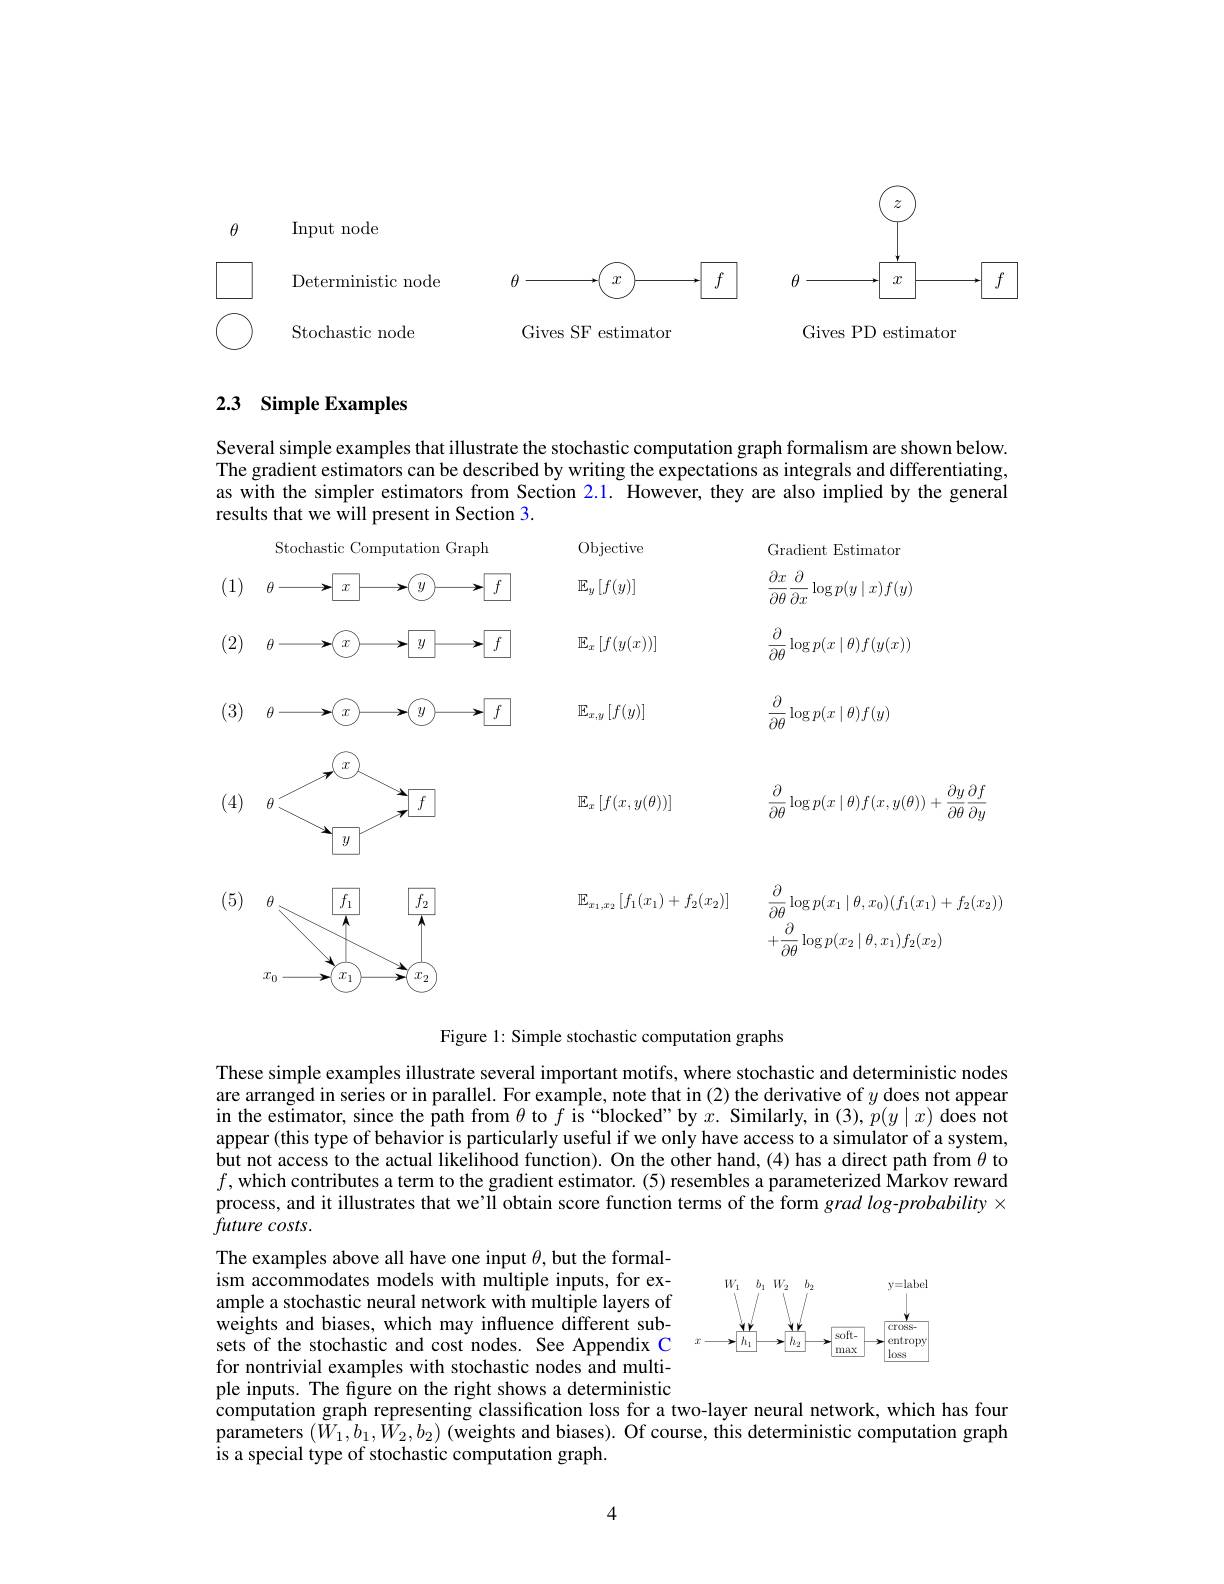
$\theta$

Input node
Deterministic node
Stochastic node

<FigureHere>

Gives SF estimator

<FigureHere>

Gives PD estimator

## 2.3 Simple Examples

Several simple examples that illustrate the stochastic computation graph formalism are shown below. The gradient estimators can be described by writing the expectations as integrals and differentiating, as with the simpler estimators from Section 2.1. However, they are also implied by the general results that we will present in Section 3.

<FigureHere>

Figure 1: Simple stochastic computation graphs

These simple examples illustrate several important motifs, where stochastic and deterministic nodes are arranged in series or in parallel. For example, note that in (2) the derivative of $y$ does not appear in the estimator, since the path from $\theta$ to $f$ is “blocked”by $x.$ Similarly, in (3), $p(y\mid x)$ does not appear (this type of behavior is particularly useful if we only have access to a simulator of a system, but not access to the actual likelihood function). On the other hand,(4) has a direct path from $\theta$ to $f$,which contributes a term to the gradient estimator. (5) resembles a parameterized Markov reward process, and it illustrates that we'll obtain score function terms of the form grad log-probability $\times$ $future\textit{costs. }$

<FigureHere>

The examples above all have one input $\theta$, but the formalism accommodates models with multiple inputs, for example a stochastic neural network with multiple layers of weights and biases, which may influence different subsets of the stochastic and cost nodes. See Appendix C for nontrivial examples with stochastic nodes and multiple inputs. The fgure on the right shows a deterministic computation graph representing classification loss for a two-layer neural network, which has four parameters $(\tilde{W}_{1},\hat{b}_{1},\hat{W}_{2},b_{2})$ (weights and biases). Of course, this deterministic computation graph is a special type of stochastic computation graph.

4